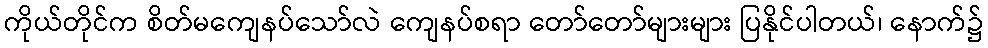
ကိုယ်တိုင်က စိတ်မကျေနပ်သော်လဲ ကျေနပ်စရာ တော်တော်များများ ပြနိုင်ပါတယ်၊ နောက်၌